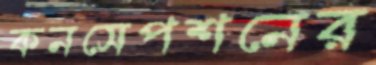
কনসেপশনের